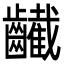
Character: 䶪